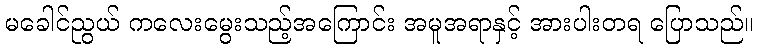
မခေါင်ညွယ် ကလေးမွေးသည့်အကြောင်း အမူအရာနှင့် အားပါးတရ ပြောသည်။